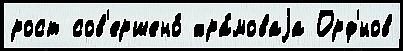
рост сов'ершено́ хра́моваjа Орф'́нов